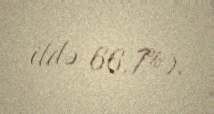
ildə 66.7%).